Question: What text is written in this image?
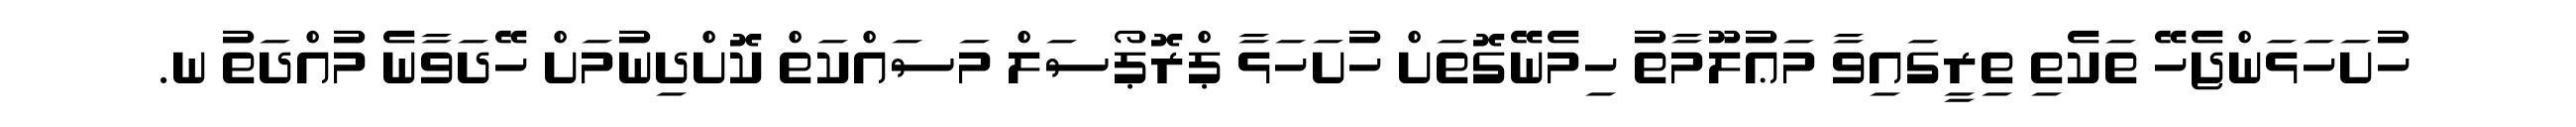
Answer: ހުށަހަޅަންޖެހޭ ތަކެތި ތިރީގައިވާ މަޢުލޫމާތު ހިމެނޭގޮތަށް ހުށަހަޅާ ޕްރޮޕޯސަލް މަސައްކަތް ކޮށްދިނުމަށް ހޭދަވާނެ މުއްދަތު ނ.